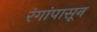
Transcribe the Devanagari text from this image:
रंगांपासून